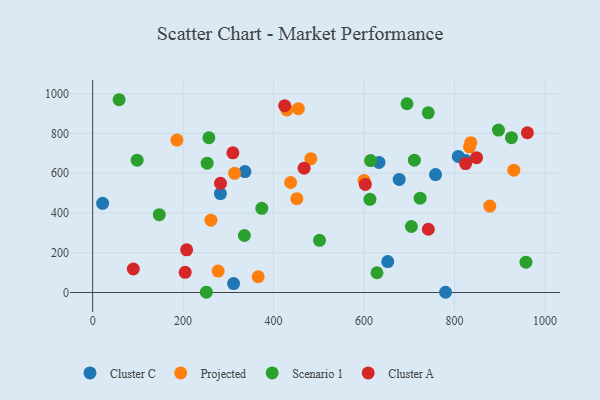
{"axis": {"x": "Price", "y": "Fuel Efficiency"}, "legend": ["Cluster A", "Cluster C", "Projected", "Scenario 1"], "data": [{"x": "633.1", "y": 653.8, "type": "Cluster C"}, {"x": "808.4", "y": 684.0, "type": "Cluster C"}, {"x": "780.2", "y": 1.2, "type": "Cluster C"}, {"x": "652.4", "y": 155.5, "type": "Cluster C"}, {"x": "824.7", "y": 663.3, "type": "Cluster C"}, {"x": "758.1", "y": 593.0, "type": "Cluster C"}, {"x": "311.6", "y": 44.8, "type": "Cluster C"}, {"x": "677.7", "y": 568.7, "type": "Cluster C"}, {"x": "336.7", "y": 607.7, "type": "Cluster C"}, {"x": "282.5", "y": 497.4, "type": "Cluster C"}, {"x": "22.1", "y": 448.5, "type": "Cluster C"}, {"x": "313.7", "y": 599.3, "type": "Projected"}, {"x": "437.7", "y": 553.1, "type": "Projected"}, {"x": "931.1", "y": 615.0, "type": "Projected"}, {"x": "186.2", "y": 766.3, "type": "Projected"}, {"x": "878.1", "y": 434.4, "type": "Projected"}, {"x": "833.2", "y": 732.5, "type": "Projected"}, {"x": "429.5", "y": 917.9, "type": "Projected"}, {"x": "836.0", "y": 753.3, "type": "Projected"}, {"x": "277.4", "y": 107.6, "type": "Projected"}, {"x": "366.0", "y": 79.2, "type": "Projected"}, {"x": "454.8", "y": 924.0, "type": "Projected"}, {"x": "451.4", "y": 471.6, "type": "Projected"}, {"x": "261.5", "y": 363.4, "type": "Projected"}, {"x": "482.3", "y": 672.8, "type": "Projected"}, {"x": "600.1", "y": 563.4, "type": "Projected"}, {"x": "98.4", "y": 665.1, "type": "Scenario 1"}, {"x": "613.1", "y": 468.6, "type": "Scenario 1"}, {"x": "897.2", "y": 816.6, "type": "Scenario 1"}, {"x": "614.5", "y": 663.0, "type": "Scenario 1"}, {"x": "257.0", "y": 778.0, "type": "Scenario 1"}, {"x": "251.4", "y": 1.5, "type": "Scenario 1"}, {"x": "711.3", "y": 665.0, "type": "Scenario 1"}, {"x": "742.0", "y": 903.2, "type": "Scenario 1"}, {"x": "925.9", "y": 778.3, "type": "Scenario 1"}, {"x": "335.5", "y": 286.7, "type": "Scenario 1"}, {"x": "374.0", "y": 423.2, "type": "Scenario 1"}, {"x": "501.6", "y": 262.3, "type": "Scenario 1"}, {"x": "724.0", "y": 474.0, "type": "Scenario 1"}, {"x": "58.5", "y": 969.1, "type": "Scenario 1"}, {"x": "958.0", "y": 152.6, "type": "Scenario 1"}, {"x": "695.0", "y": 948.8, "type": "Scenario 1"}, {"x": "704.7", "y": 331.8, "type": "Scenario 1"}, {"x": "147.3", "y": 391.4, "type": "Scenario 1"}, {"x": "253.2", "y": 650.2, "type": "Scenario 1"}, {"x": "628.6", "y": 99.4, "type": "Scenario 1"}, {"x": "310.1", "y": 702.0, "type": "Cluster A"}, {"x": "282.7", "y": 548.7, "type": "Cluster A"}, {"x": "602.8", "y": 543.4, "type": "Cluster A"}, {"x": "824.6", "y": 648.0, "type": "Cluster A"}, {"x": "961.1", "y": 803.1, "type": "Cluster A"}, {"x": "90.0", "y": 118.1, "type": "Cluster A"}, {"x": "848.7", "y": 678.0, "type": "Cluster A"}, {"x": "424.6", "y": 939.3, "type": "Cluster A"}, {"x": "467.5", "y": 624.8, "type": "Cluster A"}, {"x": "207.8", "y": 214.5, "type": "Cluster A"}, {"x": "742.1", "y": 318.1, "type": "Cluster A"}, {"x": "204.6", "y": 101.6, "type": "Cluster A"}]}